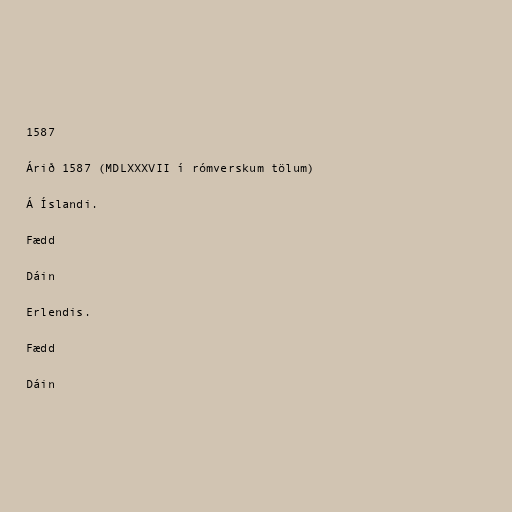
1587

Árið 1587 (MDLXXXVII í rómverskum tölum)

Á Íslandi.

Fædd

Dáin

Erlendis.

Fædd

Dáin